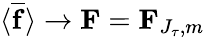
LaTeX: \langle\overline{{\mathbf{f}}}\rangle\rightarrow\mathbf{F}=\mathbf{F}_{J_{\tau},m}